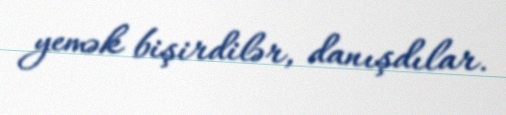
yemək bişirdilər, danışdılar.